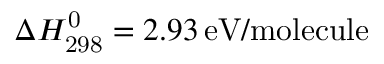
\Delta H _ { \mathrm { 2 9 8 } } ^ { \mathrm { 0 } } = 2 . 9 3 \, \mathrm { e V / m o l e c u l e }